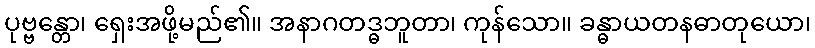
ပုဗ္ဗန္တော၊ ရှေးအဖို့မည်၏။ အနာဂတဒ္ဓဘူတာ၊ ကုန်သော။ ခန္ဓာယတနဓာတုယော၊